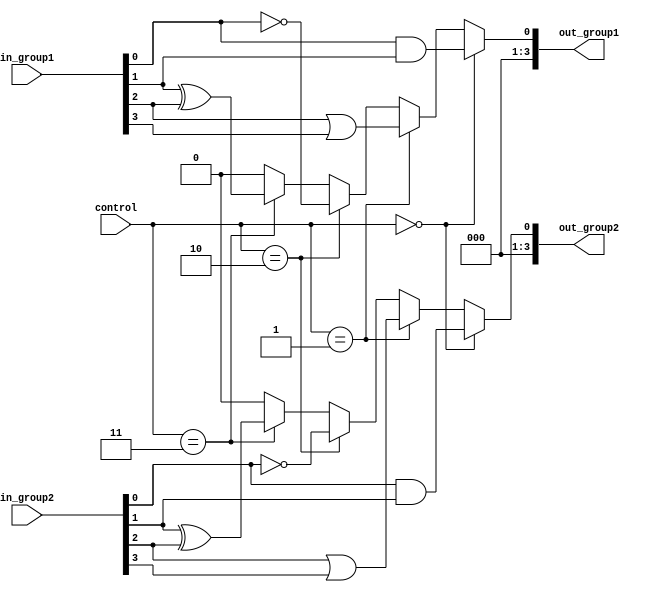
module adjacency_groups (
    input wire [3:0] in_group1,  // 4-bit input for group 1
    input wire [3:0] in_group2,  // 4-bit input for group 2
    input wire [1:0] control,     // Control signals to select logic operation
    output wire [3:0] out_group1, // Output for group 1
    output wire [3:0] out_group2  // Output for group 2
);

// Logic functions for group 1
wire and_group1, or_group1, not_group1, xor_group1;

assign and_group1 = in_group1[0] & in_group1[1]; // Example AND operation
assign or_group1 = in_group1[2] | in_group1[3];  // Example OR operation
assign not_group1 = ~in_group1[0];                // Example NOT operation
assign xor_group1 = in_group1[1] ^ in_group1[2]; // Example XOR operation

// Multiplexer for group 1 output
assign out_group1 = (control == 2'b00) ? {3'b000, and_group1} :
                    (control == 2'b01) ? {3'b000, or_group1} :
                    (control == 2'b10) ? {3'b000, not_group1} :
                    (control == 2'b11) ? {3'b000, xor_group1} : 4'b0000; // Default case

// Logic functions for group 2
wire and_group2, or_group2, not_group2, xor_group2;

assign and_group2 = in_group2[0] & in_group2[1]; // Example AND operation
assign or_group2 = in_group2[2] | in_group2[3];  // Example OR operation
assign not_group2 = ~in_group2[0];                // Example NOT operation
assign xor_group2 = in_group2[1] ^ in_group2[2]; // Example XOR operation

// Multiplexer for group 2 output
assign out_group2 = (control == 2'b00) ? {3'b000, and_group2} :
                    (control == 2'b01) ? {3'b000, or_group2} :
                    (control == 2'b10) ? {3'b000, not_group2} :
                    (control == 2'b11) ? {3'b000, xor_group2} : 4'b0000; // Default case

endmodule